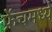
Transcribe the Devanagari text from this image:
फ्रेंचमध्ये